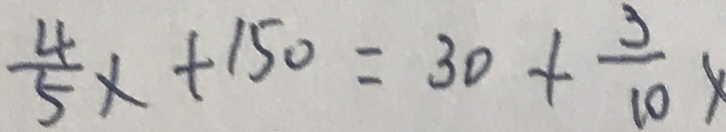
\frac { 4 } { 5 } x + 1 5 0 = 3 0 + \frac { 3 } { 1 0 } x